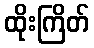
ထိုးကြိတ်